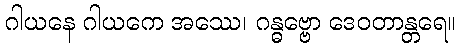
ဂါယနေ ဂါယကေ အဿေ၊ ဂန္ဓဗ္ဗော ဒေဝတာန္တရေ။